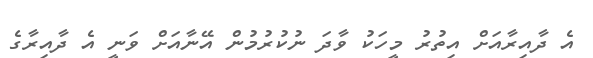
އެ ދާއިރާއަށް އިތުރު މީހަކު ވާދަ ނުކުރުމުން އޭނާއަށް ވަނީ އެ ދާއިރާގެ